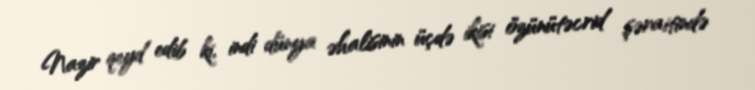
Nazir qeyd edib ki, indi dünya əhalisinin üçdə ikisi özünütəcrid şəraitində